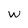
Character: w